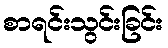
စာရင်းသွင်းခြင်း